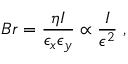
B r = \frac { \eta I } { \epsilon _ { x } \epsilon _ { y } } \propto \frac { I } { \epsilon ^ { 2 } } \ ,